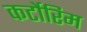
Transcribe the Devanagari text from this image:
कर्टोरिम